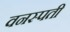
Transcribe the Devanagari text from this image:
वनस्‍पती